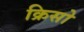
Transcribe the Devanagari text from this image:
क्रिसो